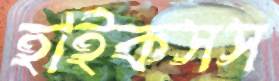
হাইকসস